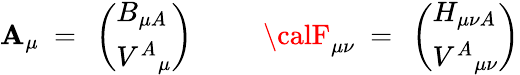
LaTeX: {\cal\mathbf{A}}_{\mu}~=~\left(\begin{array}{l}{{B_{\mu A}}}\\ {{V^{A}{}_{\mu}}}\end{array}\right){}~~~~~~~~~~{\calF}_{\mu\nu}~=~\left(\begin{array}{l}{{H_{\mu\nu A}}}\\ {{V^{A}{}_{\mu\nu}}}\end{array}\right)